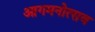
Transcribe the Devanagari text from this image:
आगमनोत्सव